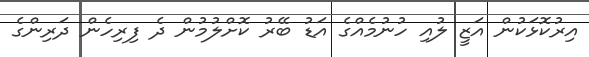
އިރުކޮޅަކުން އަޒީ ލުއި ހުނުމެއްގެ އަޑު ބޭރު ކޮށްލުމުން ދެ ފިރިހެން ދަރިންގެ